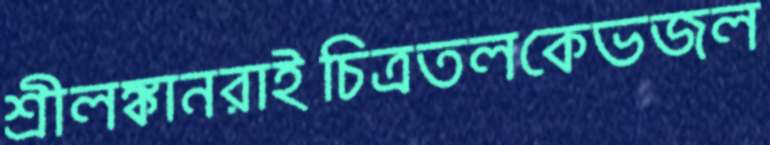
শ্রীলঙ্কানরাইচিত্রতলকেভজল